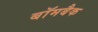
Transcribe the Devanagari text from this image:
बॉमबैक